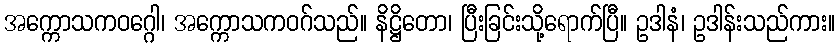
အက္ကောသကဝဂ္ဂေါ၊ အက္ကောသကဝဂ်သည်။ နိဋ္ဌိတော၊ ပြီးခြင်းသို့ရောက်ပြီ။ ဥဒါနံ၊ ဥဒါန်းသည်ကား။